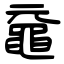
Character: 黿